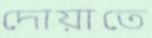
দোয়াতে